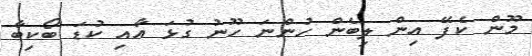
މޫން ކެފޭ އިން ލިބެން ހުންނަ ހޫނު ގުޅަ އާއި ކުޑަ ބޯކިބާ